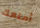
أمنعك